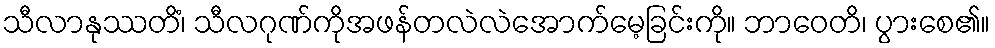
သီလာနုဿတိံ၊ သီလဂုဏ်ကိုအဖန်တလဲလဲအောက်မေ့ခြင်းကို။ ဘာဝေတိ၊ ပွားစေ၏။